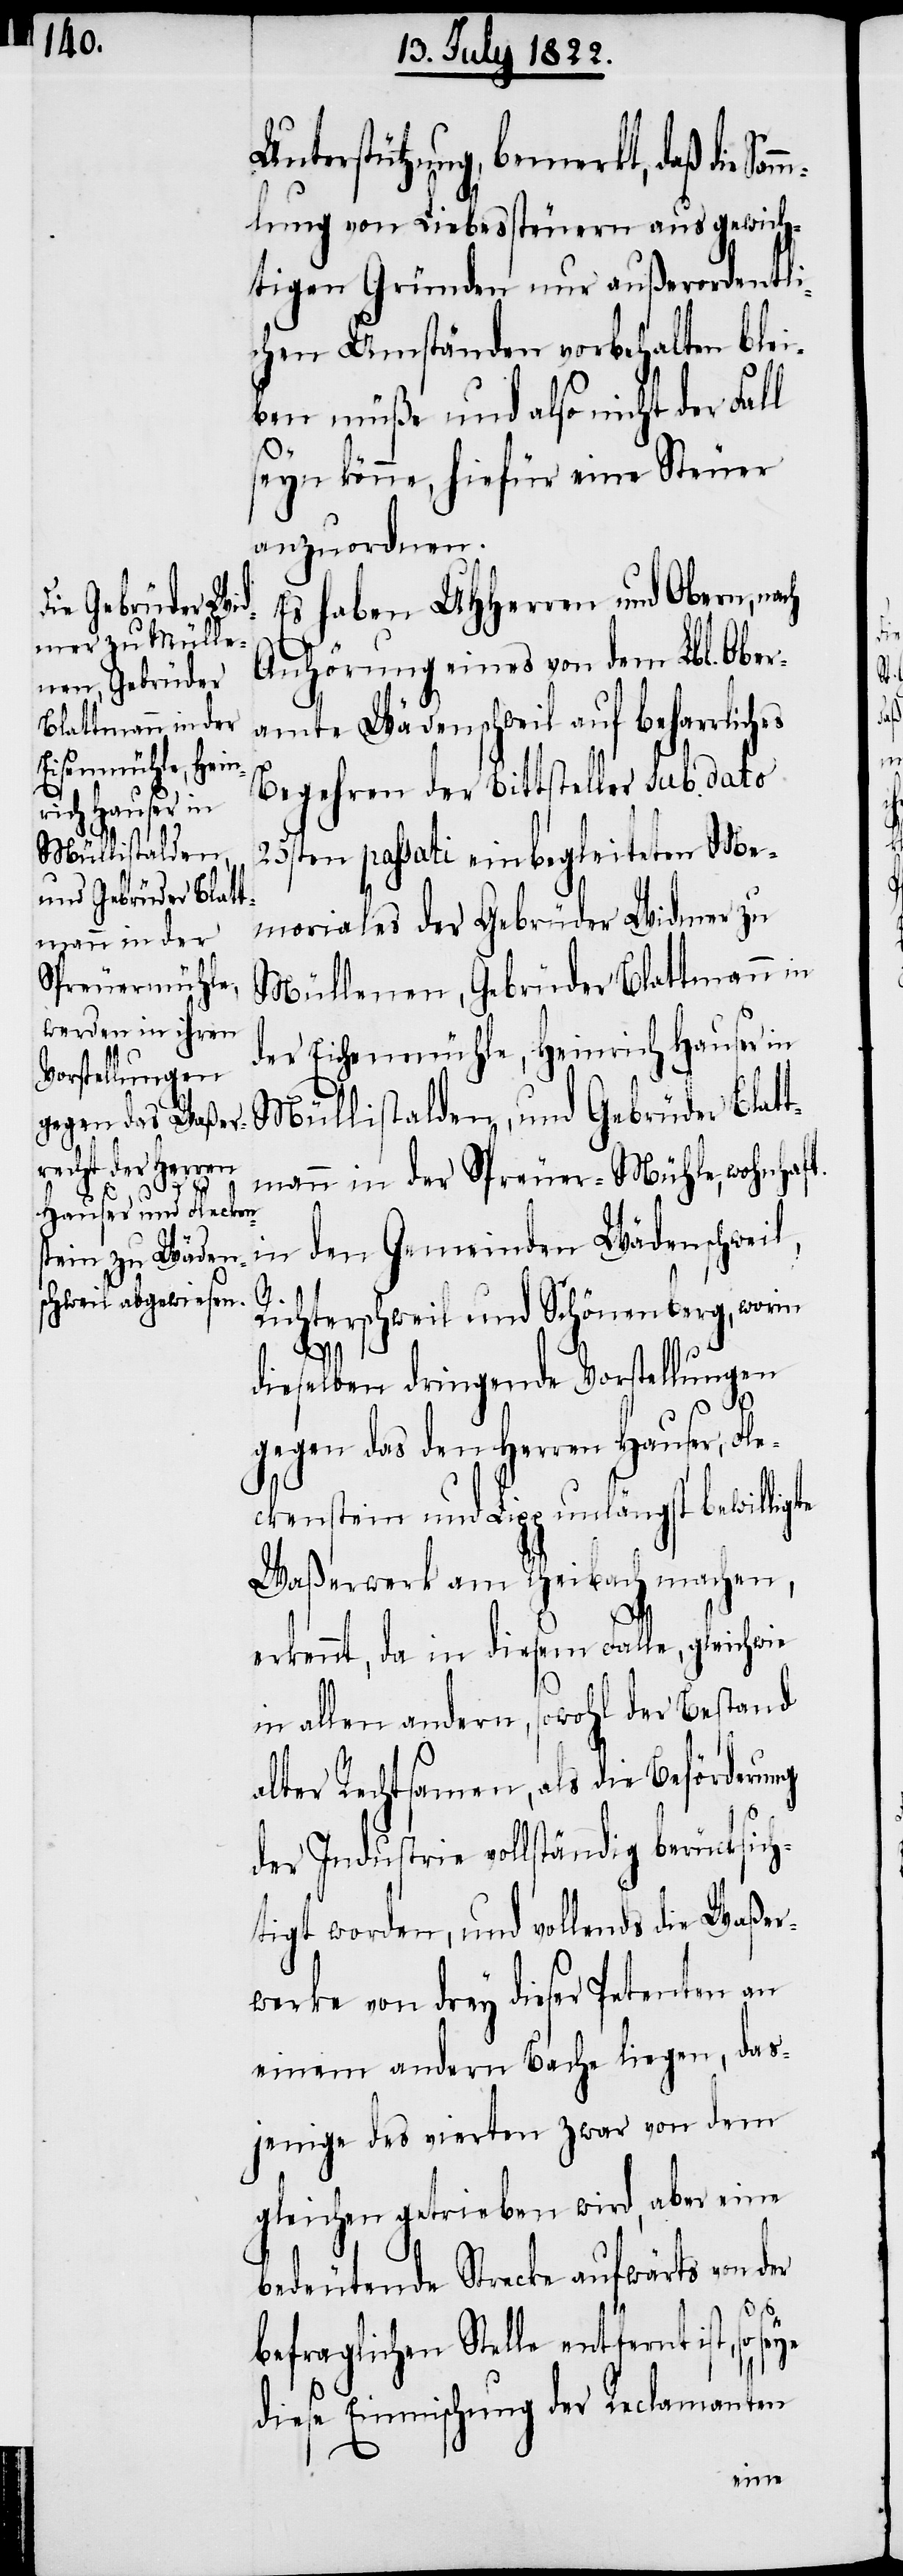
Müllistalden,
und Gebrüder Blat¬

Unterstützung, bemerkt, daß die S¬
lung von Liebessteuern aus gewich¬
tigen Gründen nur außerordentli¬
chen Umständen vorbehalten blei¬
ben müße und also nicht der Fall
seyn könne, hiefür seine Steuer
anzuordnen.
Es haben UHHerren und Obern, nach
Anhörung eines von dem Lbl. Ober¬
amte Wädenschweil auf beharrliches
Begehren der Bittsteller Sub dato
25sten passati einbegleiteten Me¬
morials der Gebrüder Widmer zu
Müllenen, Gebrüder Blattmann in
der Eichenmühle, Heinrich Hauser in
tmann in der Spreuer-Mühle, wohnhaft
in den Gemeinden Wädenschweil,
Richterschweil und Schönenberg, worin
dieselben dringende Vorstellungen
gegen das den Herren Hauser, Fle¬
ckenstein und Lipp unlängst bewilligte
Waßerwerk am Rheibach machen,
erkennt, da in diesem Falle, gleichwie
in allen andern, sowohl der Bestand
alter Rechtsamen, als die Beförderung
der Industrie vollständig berücksich¬
tigt worden, und vollends die Waßer¬
werke von drey dieser Petenten an
einem andern Bache liegen, das¬
jenige des vierten zwar von dem
gleichen getrieben wird, aber eine
bedeutende Strecke aufwärts von der
befraglichen Stelle entfernt ist, so
diese Einmischung der Reclamanten
amm¬